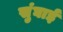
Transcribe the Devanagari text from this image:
सुंघाई